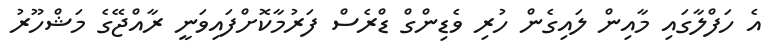
އެ ހަފްލާގައި މާއިން ލައިގެން ހުރި ވެޑިންގް ޑްރެސް ފަރުމާކޮށްފައިވަނީ ރާއްޖޭގެ މަޝްހޫރު